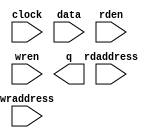
// megafunction wizard: %RAM: 2-PORT%VBB%
// GENERATION: STANDARD
// VERSION: WM1.0
// MODULE: altsyncram 

// ============================================================
// Megafunction Name(s):
// 			altsyncram
//
// Simulation Library Files(s):
// 			altera_mf
// ============================================================
// ************************************************************
// THIS IS A WIZARD-GENERATED FILE. DO NOT EDIT THIS FILE!
//
// 9.0 Build 132 02/25/2009 SJ Web Edition
// ************************************************************

//Copyright (C) 1991-2009 Altera Corporation
//Your use of Altera Corporation's design tools, logic functions 
//and other software and tools, and its AMPP partner logic 
//functions, and any output files from any of the foregoing 
//(including device programming or simulation files), and any 
//associated documentation or information are expressly subject 
//to the terms and conditions of the Altera Program License 
//Subscription Agreement, Altera MegaCore Function License 
//Agreement, or other applicable license agreement, including, 
//without limitation, that your use is for the sole purpose of 
//programming logic devices manufactured by Altera and sold by 
//Altera or its authorized distributors.  Please refer to the 
//applicable agreement for further details.

module main_mem2_8bit (
	clock,
	data,
	rdaddress,
	rden,
	wraddress,
	wren,
	q);

	input	  clock;
	input	[7:0]  data;
	input	[4:0]  rdaddress;
	input	  rden;
	input	[4:0]  wraddress;
	input	  wren;
	output	[7:0]  q;
`ifndef ALTERA_RESERVED_QIS
// synopsys translate_off
`endif
	tri1	  rden;
	tri1	  wren;
`ifndef ALTERA_RESERVED_QIS
// synopsys translate_on
`endif

endmodule

// ============================================================
// CNX file retrieval info
// ============================================================
// Retrieval info: PRIVATE: ADDRESSSTALL_A NUMERIC "0"
// Retrieval info: PRIVATE: ADDRESSSTALL_B NUMERIC "0"
// Retrieval info: PRIVATE: BYTEENA_ACLR_A NUMERIC "0"
// Retrieval info: PRIVATE: BYTEENA_ACLR_B NUMERIC "0"
// Retrieval info: PRIVATE: BYTE_ENABLE_A NUMERIC "0"
// Retrieval info: PRIVATE: BYTE_ENABLE_B NUMERIC "0"
// Retrieval info: PRIVATE: BYTE_SIZE NUMERIC "8"
// Retrieval info: PRIVATE: BlankMemory NUMERIC "1"
// Retrieval info: PRIVATE: CLOCK_ENABLE_INPUT_A NUMERIC "0"
// Retrieval info: PRIVATE: CLOCK_ENABLE_INPUT_B NUMERIC "0"
// Retrieval info: PRIVATE: CLOCK_ENABLE_OUTPUT_A NUMERIC "0"
// Retrieval info: PRIVATE: CLOCK_ENABLE_OUTPUT_B NUMERIC "0"
// Retrieval info: PRIVATE: CLRdata NUMERIC "0"
// Retrieval info: PRIVATE: CLRq NUMERIC "0"
// Retrieval info: PRIVATE: CLRrdaddress NUMERIC "0"
// Retrieval info: PRIVATE: CLRrren NUMERIC "0"
// Retrieval info: PRIVATE: CLRwraddress NUMERIC "0"
// Retrieval info: PRIVATE: CLRwren NUMERIC "0"
// Retrieval info: PRIVATE: Clock NUMERIC "0"
// Retrieval info: PRIVATE: Clock_A NUMERIC "0"
// Retrieval info: PRIVATE: Clock_B NUMERIC "0"
// Retrieval info: PRIVATE: ECC NUMERIC "0"
// Retrieval info: PRIVATE: IMPLEMENT_IN_LES NUMERIC "0"
// Retrieval info: PRIVATE: INDATA_ACLR_B NUMERIC "0"
// Retrieval info: PRIVATE: INDATA_REG_B NUMERIC "0"
// Retrieval info: PRIVATE: INIT_FILE_LAYOUT STRING "PORT_B"
// Retrieval info: PRIVATE: INIT_TO_SIM_X NUMERIC "0"
// Retrieval info: PRIVATE: INTENDED_DEVICE_FAMILY STRING "Stratix II"
// Retrieval info: PRIVATE: JTAG_ENABLED NUMERIC "0"
// Retrieval info: PRIVATE: JTAG_ID STRING "NONE"
// Retrieval info: PRIVATE: MAXIMUM_DEPTH NUMERIC "0"
// Retrieval info: PRIVATE: MEMSIZE NUMERIC "256"
// Retrieval info: PRIVATE: MEM_IN_BITS NUMERIC "0"
// Retrieval info: PRIVATE: MIFfilename STRING ""
// Retrieval info: PRIVATE: OPERATION_MODE NUMERIC "2"
// Retrieval info: PRIVATE: OUTDATA_ACLR_B NUMERIC "0"
// Retrieval info: PRIVATE: OUTDATA_REG_B NUMERIC "0"
// Retrieval info: PRIVATE: RAM_BLOCK_TYPE NUMERIC "0"
// Retrieval info: PRIVATE: READ_DURING_WRITE_MODE_MIXED_PORTS NUMERIC "2"
// Retrieval info: PRIVATE: READ_DURING_WRITE_MODE_PORT_A NUMERIC "3"
// Retrieval info: PRIVATE: READ_DURING_WRITE_MODE_PORT_B NUMERIC "3"
// Retrieval info: PRIVATE: REGdata NUMERIC "1"
// Retrieval info: PRIVATE: REGq NUMERIC "1"
// Retrieval info: PRIVATE: REGrdaddress NUMERIC "1"
// Retrieval info: PRIVATE: REGrren NUMERIC "1"
// Retrieval info: PRIVATE: REGwraddress NUMERIC "1"
// Retrieval info: PRIVATE: REGwren NUMERIC "1"
// Retrieval info: PRIVATE: SYNTH_WRAPPER_GEN_POSTFIX STRING "0"
// Retrieval info: PRIVATE: USE_DIFF_CLKEN NUMERIC "0"
// Retrieval info: PRIVATE: UseDPRAM NUMERIC "1"
// Retrieval info: PRIVATE: VarWidth NUMERIC "0"
// Retrieval info: PRIVATE: WIDTH_READ_A NUMERIC "8"
// Retrieval info: PRIVATE: WIDTH_READ_B NUMERIC "8"
// Retrieval info: PRIVATE: WIDTH_WRITE_A NUMERIC "8"
// Retrieval info: PRIVATE: WIDTH_WRITE_B NUMERIC "8"
// Retrieval info: PRIVATE: WRADDR_ACLR_B NUMERIC "0"
// Retrieval info: PRIVATE: WRADDR_REG_B NUMERIC "0"
// Retrieval info: PRIVATE: WRCTRL_ACLR_B NUMERIC "0"
// Retrieval info: PRIVATE: enable NUMERIC "0"
// Retrieval info: PRIVATE: rden NUMERIC "1"
// Retrieval info: CONSTANT: ADDRESS_REG_B STRING "CLOCK0"
// Retrieval info: CONSTANT: CLOCK_ENABLE_INPUT_A STRING "BYPASS"
// Retrieval info: CONSTANT: CLOCK_ENABLE_INPUT_B STRING "BYPASS"
// Retrieval info: CONSTANT: CLOCK_ENABLE_OUTPUT_A STRING "BYPASS"
// Retrieval info: CONSTANT: CLOCK_ENABLE_OUTPUT_B STRING "BYPASS"
// Retrieval info: CONSTANT: INTENDED_DEVICE_FAMILY STRING "Stratix II"
// Retrieval info: CONSTANT: LPM_TYPE STRING "altsyncram"
// Retrieval info: CONSTANT: NUMWORDS_A NUMERIC "32"
// Retrieval info: CONSTANT: NUMWORDS_B NUMERIC "32"
// Retrieval info: CONSTANT: OPERATION_MODE STRING "DUAL_PORT"
// Retrieval info: CONSTANT: OUTDATA_ACLR_B STRING "NONE"
// Retrieval info: CONSTANT: OUTDATA_REG_B STRING "UNREGISTERED"
// Retrieval info: CONSTANT: POWER_UP_UNINITIALIZED STRING "FALSE"
// Retrieval info: CONSTANT: RDCONTROL_REG_B STRING "CLOCK0"
// Retrieval info: CONSTANT: READ_DURING_WRITE_MODE_MIXED_PORTS STRING "DONT_CARE"
// Retrieval info: CONSTANT: WIDTHAD_A NUMERIC "5"
// Retrieval info: CONSTANT: WIDTHAD_B NUMERIC "5"
// Retrieval info: CONSTANT: WIDTH_A NUMERIC "8"
// Retrieval info: CONSTANT: WIDTH_B NUMERIC "8"
// Retrieval info: CONSTANT: WIDTH_BYTEENA_A NUMERIC "1"
// Retrieval info: USED_PORT: clock 0 0 0 0 INPUT NODEFVAL clock
// Retrieval info: USED_PORT: data 0 0 8 0 INPUT NODEFVAL data[7..0]
// Retrieval info: USED_PORT: q 0 0 8 0 OUTPUT NODEFVAL q[7..0]
// Retrieval info: USED_PORT: rdaddress 0 0 5 0 INPUT NODEFVAL rdaddress[4..0]
// Retrieval info: USED_PORT: rden 0 0 0 0 INPUT VCC rden
// Retrieval info: USED_PORT: wraddress 0 0 5 0 INPUT NODEFVAL wraddress[4..0]
// Retrieval info: USED_PORT: wren 0 0 0 0 INPUT VCC wren
// Retrieval info: CONNECT: @data_a 0 0 8 0 data 0 0 8 0
// Retrieval info: CONNECT: @wren_a 0 0 0 0 wren 0 0 0 0
// Retrieval info: CONNECT: q 0 0 8 0 @q_b 0 0 8 0
// Retrieval info: CONNECT: @address_a 0 0 5 0 wraddress 0 0 5 0
// Retrieval info: CONNECT: @address_b 0 0 5 0 rdaddress 0 0 5 0
// Retrieval info: CONNECT: @rden_b 0 0 0 0 rden 0 0 0 0
// Retrieval info: CONNECT: @clock0 0 0 0 0 clock 0 0 0 0
// Retrieval info: LIBRARY: altera_mf altera_mf.altera_mf_components.all
// Retrieval info: GEN_FILE: TYPE_NORMAL main_mem2_8bit.v TRUE
// Retrieval info: GEN_FILE: TYPE_NORMAL main_mem2_8bit.inc TRUE
// Retrieval info: GEN_FILE: TYPE_NORMAL main_mem2_8bit.cmp FALSE
// Retrieval info: GEN_FILE: TYPE_NORMAL main_mem2_8bit.bsf TRUE FALSE
// Retrieval info: GEN_FILE: TYPE_NORMAL main_mem2_8bit_inst.v FALSE
// Retrieval info: GEN_FILE: TYPE_NORMAL main_mem2_8bit_bb.v TRUE
// Retrieval info: GEN_FILE: TYPE_NORMAL main_mem2_8bit_waveforms.html TRUE
// Retrieval info: GEN_FILE: TYPE_NORMAL main_mem2_8bit_wave*.jpg FALSE
// Retrieval info: LIB_FILE: altera_mf